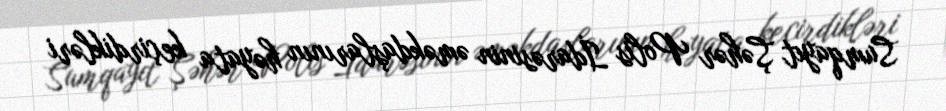
Sumqayıt Şəhər Polis İdarəsinin əməkdaşlarının həyata keçirdikləri